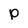
Character: p